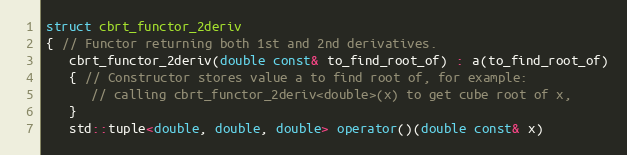
Language: C++
struct cbrt_functor_2deriv
{ // Functor returning both 1st and 2nd derivatives.
   cbrt_functor_2deriv(double const& to_find_root_of) : a(to_find_root_of)
   { // Constructor stores value a to find root of, for example:
      // calling cbrt_functor_2deriv<double>(x) to get cube root of x,
   }
   std::tuple<double, double, double> operator()(double const& x)